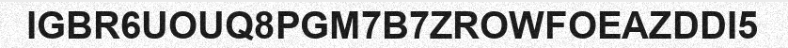
IGBR6UOUQ8PGM7B7ZROWFOEAZDDI5